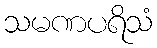
သမဏပရိသံ